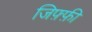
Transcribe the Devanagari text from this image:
जिफ़्फ़ी